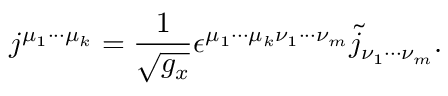
j ^ { \mu _ { 1 } \cdot \cdot \cdot \mu _ { k } } = \frac 1 { \sqrt { g _ { x } } } \epsilon ^ { \mu _ { 1 } \cdot \cdot \cdot \mu _ { k } \nu _ { 1 } \cdot \cdot \cdot \nu _ { m } } \tilde { j } _ { \nu _ { 1 } \cdot \cdot \cdot \nu _ { m } } .